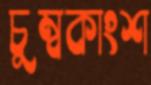
চুম্বকাংশ